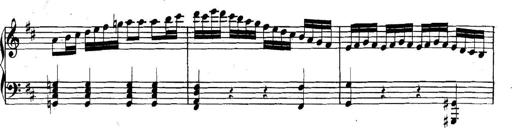
Title: Collected Piano Sonatas
Composer: Muzio Clementi